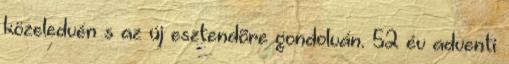
közeledvén s az új esztendõre gondolván. 52 év adventi